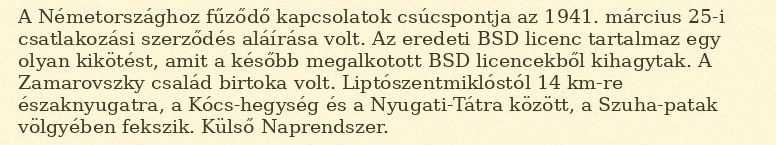
A Németországhoz fűződő kapcsolatok csúcspontja az 1941. március 25-i csatlakozási szerződés aláírása volt. Az eredeti BSD licenc tartalmaz egy olyan kikötést, amit a később megalkotott BSD licencekből kihagytak. A Zamarovszky család birtoka volt. Liptószentmiklóstól 14 km-re északnyugatra, a Kócs-hegység és a Nyugati-Tátra között, a Szuha-patak völgyében fekszik. Külső Naprendszer.